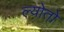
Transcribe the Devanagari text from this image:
ल्योतो